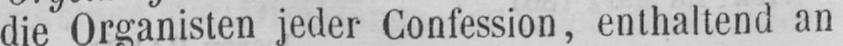
die Organisten jeder Confession, enthaltend an